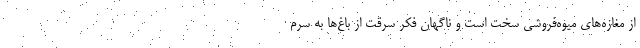
از مغازه‌های میوه‌فروشی سخت است و ناگهان فکر سرقت از باغ‌ها به سرم